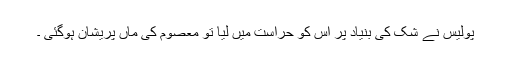
پولیس نے شک کی بنیاد پر اس کو حراست میں لیا تو معصوم کی ماں پریشان ہوگئی ۔